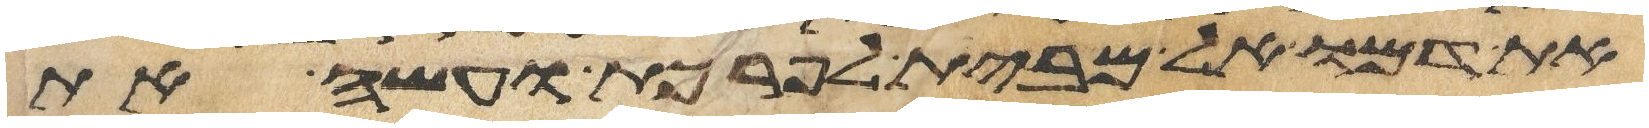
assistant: את דמו אל מבית לפרכת ועשה את